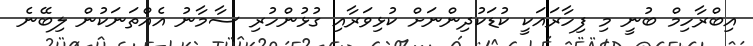
އިބްރާހިމް ބުނީ މި ފިހާރައަކީ ކުޑަކުދިންނަށް ކުޅިވަރާއި ގުޅުންހުރި ސާމާނު އެއްތަނަކުން ލިބޭނެ